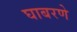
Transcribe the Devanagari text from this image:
घाबरणे